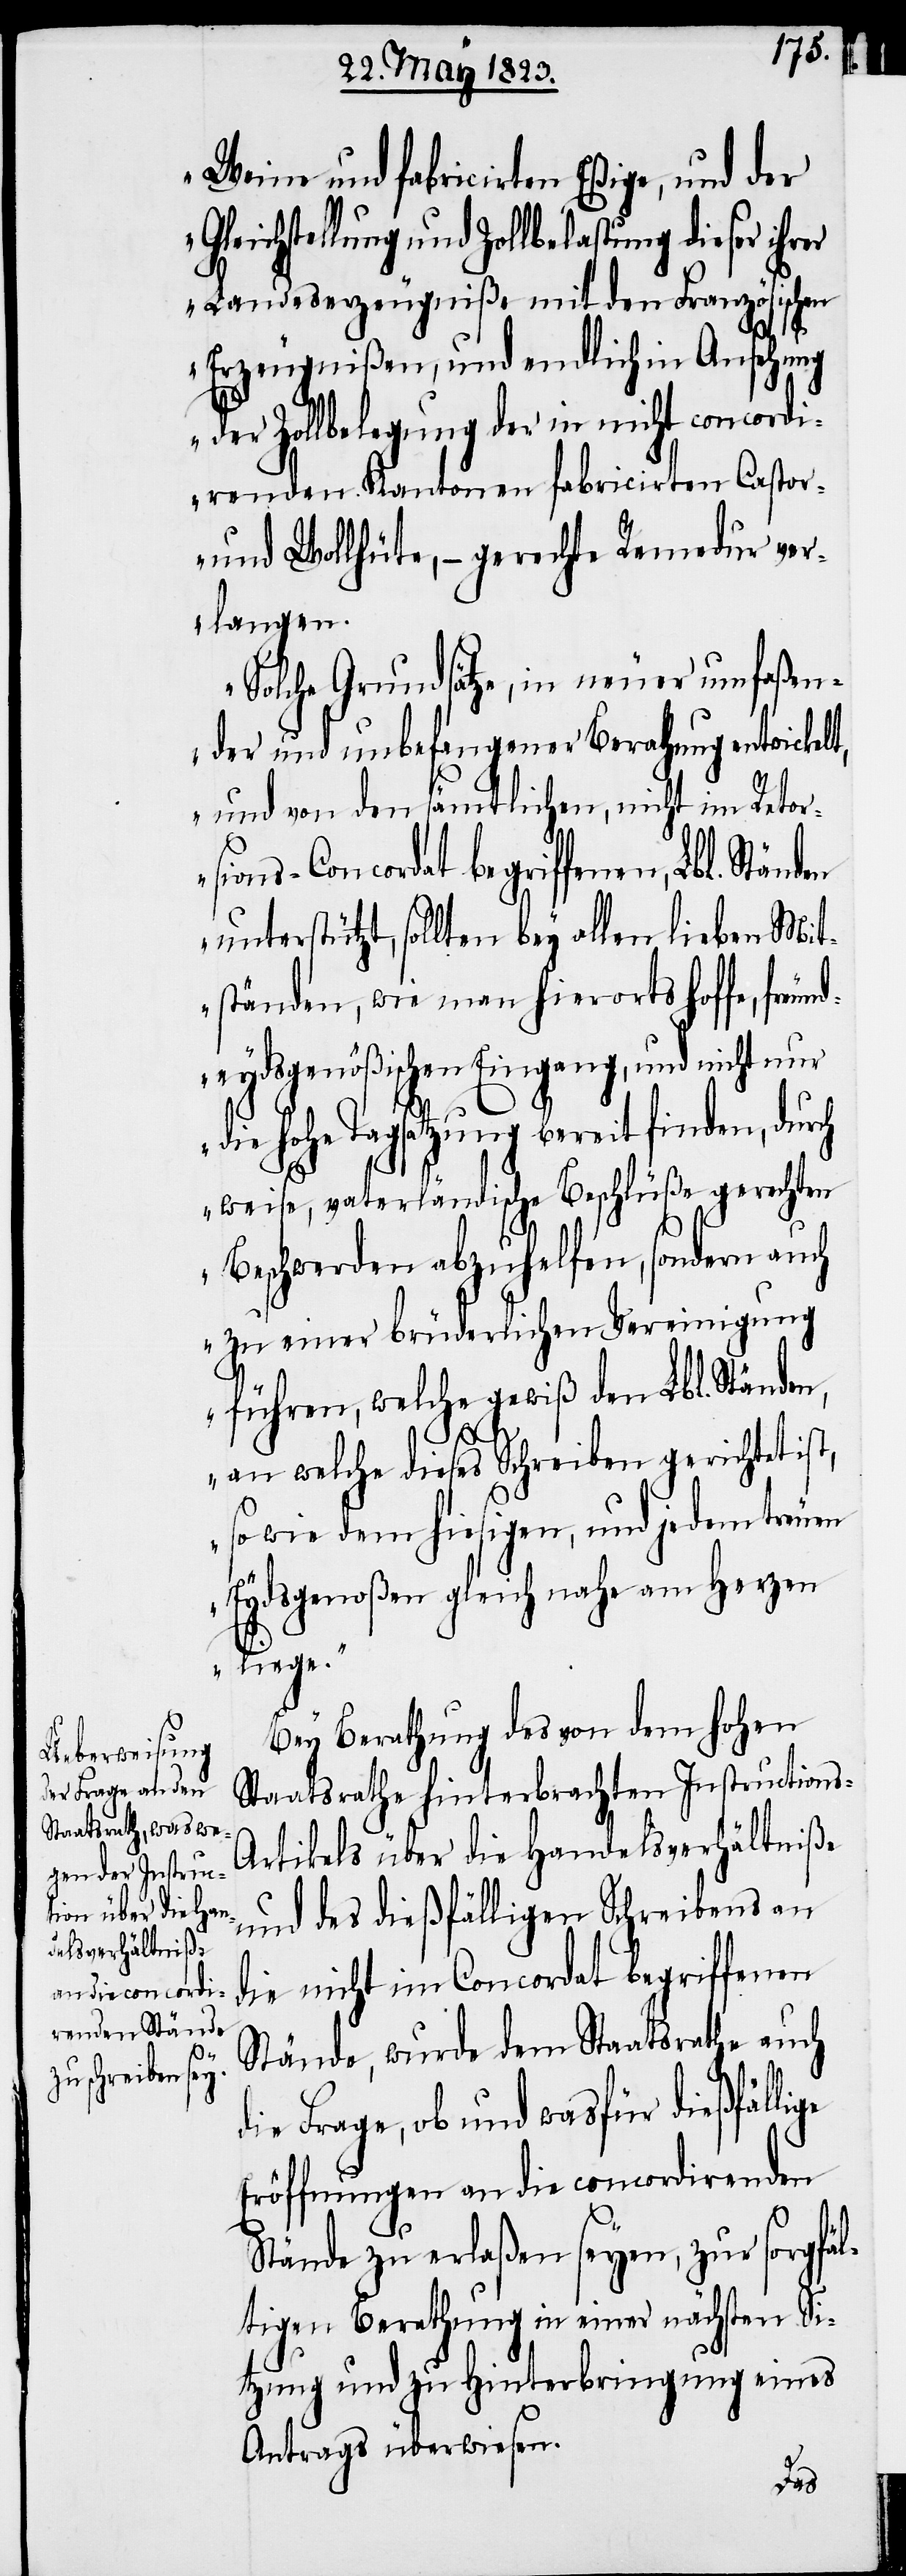
s-A¬

Weine und fabricirten Eßige, und der
Gleichstellung und Zollbelastung dieser ihrer
Landeserzeugniße mit den Französischen
Erzeugnißen, und endlich in Ansehung
der Zollbelegung der in nicht concordi¬
renden Kantonen fabricirten Castor-
und Wollhüte, – gerechte Remedur ver¬
langen.
Solche Grundsätze, in neuer umfaßen¬
der und unbefangener Berathung entwickelt,
und von den sämtlichen, nicht im Retor¬
sions-Concordat begriffenen, Lbl. Stän¬
unterstützt, sollten bey allen lieben Mit¬
ständen, wie man hierorts hoffe, freu¬
ndeydsgenößischen Eingang, und nicht nur
die hohe Tagsatzung bereit finden, durch
weise, vaterländische Beschlüße gerechten
Beschwerden abzuhelfen, sondern auch
zu einer brüderlichen Vereinigung
führen, welche gewiß den Lbl. Ständen,
an welche dieses Schreiben gerichtet is¬
so wie dem hiesigen, und jedem treuen
Eydsgenoßen gleich nahe am Herzen
Bey Berathung des von dem hohen
Staatsrathe hinterbrachten Instruction¬
rtikels über die Handelsverhältniße
und des dießfälligen Schreibens an
die nicht im Concordat begriffenen
Stände, wurde dem Staatsrathe auch
die Frage, ob und wasfür dießfällige
Eröffnungen an die concordirenden
Stände zu erlaßen seyen, zur sorgfäl¬
tigen Berathung in einer nächsten Si¬
tzung und zu Hinterbringung eines
Antrags überwiesen.
den